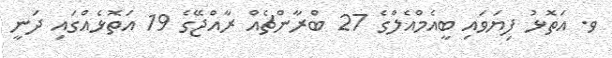
ވ. އަތޮޅު ފިޔަވައި ބީއެމްއެލްގެ 27 ބްރާންޗެއް ރާއްޖޭގެ 19 އަތޮޅެއްގައި ދަނީ